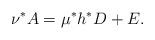
LaTeX: \begin{align*}\nu^* A = \mu^* h^*D + E.\end{align*}